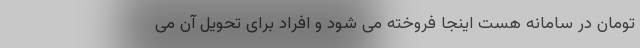
تومان در سامانه هست اینجا فروخته می شود و افراد برای تحویل آن می